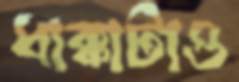
ধাক্কাটাও